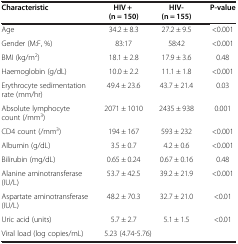
<table><thead><tr><td><b>Characteristic</b></td><td><b>HIV + (n = 150)</b></td><td><b>HIV- (n = 155)</b></td><td><b>P-value</b></td></tr></thead><tbody><tr><td>Age</td><td>34.2 ± 8.3</td><td>27.2 ± 9.5</td><td>&lt;0.001</td></tr><tr><td>Gender (M:F, %)</td><td>83:17</td><td>58:42</td><td>&lt;0.001</td></tr><tr><td>BMI (kg/m<sup>2</sup>)</td><td>18.1 ± 2.8</td><td>17.9 ± 3.6</td><td>0.48</td></tr><tr><td>Haemoglobin (g/dL)</td><td>10.0 ± 2.2</td><td>11.1 ± 1.8</td><td>&lt;0.001</td></tr><tr><td>Erythrocyte sedimentation rate (mm/hr)</td><td>49.4 ± 23.6</td><td>43.7 ± 21.4</td><td>0.03</td></tr><tr><td>Absolute lymphocyte count (/mm<sup>3</sup>)</td><td>2071 ± 1010</td><td>2435 ± 938</td><td>0.001</td></tr><tr><td>CD4 count (/mm<sup>3</sup>)</td><td>194 ± 167</td><td>593 ± 232</td><td>&lt;0.001</td></tr><tr><td>Albumin (g/dL)</td><td>3.5 ± 0.7</td><td>4.2 ± 0.6</td><td>&lt;0.001</td></tr><tr><td>Bilirubin (mg/dL)</td><td>0.65 ± 0.24</td><td>0.67 ± 0.16</td><td>0.48</td></tr><tr><td>Alanine aminotransferase (IU/L)</td><td>53.7 ± 42.5</td><td>39.2 ± 21.9</td><td>&lt;0.001</td></tr><tr><td>Aspartate aminotransferase (IU/L)</td><td>48.2 ± 70.3</td><td>32.7 ± 21.0</td><td>&lt;0.01</td></tr><tr><td>Uric acid (units)</td><td>5.7 ± 2.7</td><td>5.1 ± 1.5</td><td>&lt;0.01</td></tr><tr><td>Viral load (log copies/mL)</td><td colspan="2">5.23 (4.74-5.76)</td><td> </td></tr></tbody></table>